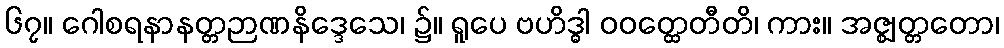
၆၇။ ဂေါစရနာနတ္တဉာဏနိဒ္ဒေသေ၊ ၌။ ရူပေ ဗဟိဒ္ဓါ ဝဝတ္ထေတီတိ၊ ကား။ အဇ္ဈတ္တတော၊